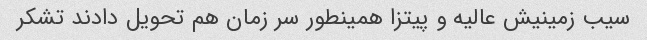
سیب زمینیش عالیه و پیتزا همینطور سر زمان هم تحویل دادند تشکر